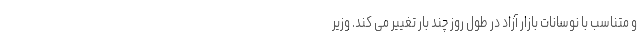
و متناسب با نوسانات بازار آزاد در طول روز چند بار تغییر می کند. وزیر